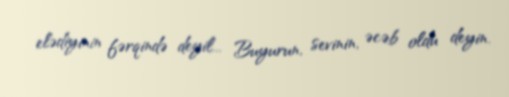
elədiyinin fərqində deyil... Buyurun, sevinin, əcəb oldu deyin.